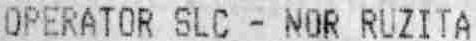
OPERATOR SLC - NOR RUZITA